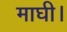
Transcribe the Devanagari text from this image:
माघी।